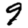
Digit: 9